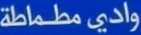
واديْْ مطماطة